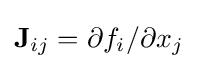
{\textstyle \mathbf {J} _{ij}={\partial f_{i}}/{\partial x_{j}}}